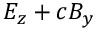
E _ { z } + c B _ { y }